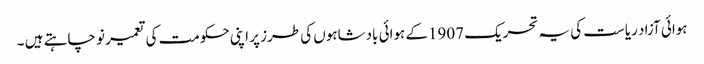
ہوائی آزاد ریاست کی یہ تحریک 1907کے ہوائی بادشاہوں کی طرز پر اپنی حکومت کی تعمیر نو چاہتے ہیں ۔